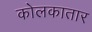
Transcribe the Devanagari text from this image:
कोलकातार